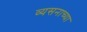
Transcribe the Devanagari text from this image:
व्यसनाच्या